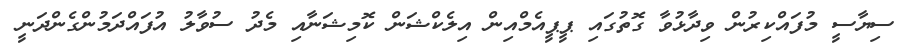
ސިޔާސީ މުފައްކިރުން ވިދާޅުވާ ގޮތުގައި ޕީޕީއެމްއިން އިލެކްޝަން ކޮމިޝަނާއި މެދު ސުވާލު އުފައްދަމުންގެންދަނީ